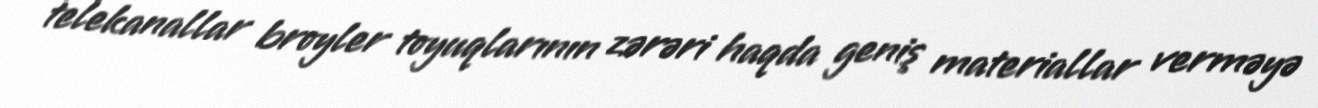
telekanallar broyler toyuqlarının zərəri haqda geniş materiallar verməyə